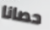
حصانا